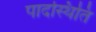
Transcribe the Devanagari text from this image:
पादस्थिति